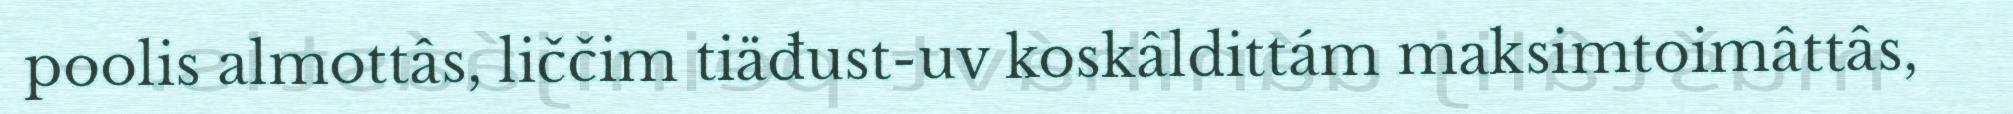
poolis almottâs, liččim tiäđust-uv koskâldittám maksimtoimâttâs,